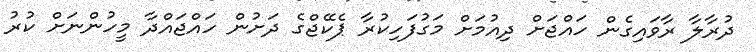
ދުރާލާ ރާވައިގެން ހައްޖަށް ދިއުމަށް މަގުފަހިކުރާ ޕެކޭޖްގެ ދަށުން ހައްޖައްދާ މީހުންނަށް ކުރު